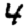
Digit: 4